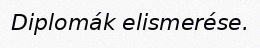
Diplomák elismerése.